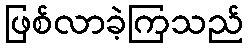
ဖြစ်လာခဲ့ကြသည်